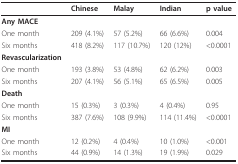
<table><thead><tr><td></td><td><b>Chinese</b></td><td><b>Malay</b></td><td><b>Indian</b></td><td><b>p value</b></td></tr></thead><tbody><tr><td><b>Any MACE</b></td><td></td><td></td><td></td><td></td></tr><tr><td>One month</td><td>209 (4.1%)</td><td>57 (5.2%)</td><td>66 (6.6%)</td><td>0.004</td></tr><tr><td>Six months</td><td>418 (8.2%)</td><td>117 (10.7%)</td><td>120 (12%)</td><td>&lt;0.0001</td></tr><tr><td><b>Revascularization</b></td><td></td><td></td><td></td><td></td></tr><tr><td>One month</td><td>193 (3.8%)</td><td>53 (4.8%)</td><td>62 (6.2%)</td><td>0.003</td></tr><tr><td>Six months</td><td>207 (4.1%)</td><td>56 (5.1%)</td><td>65 (6.5%)</td><td>0.005</td></tr><tr><td><b>Death</b></td><td></td><td></td><td></td><td></td></tr><tr><td>One month</td><td>15 (0.3%)</td><td>3 (0.3%)</td><td>4 (0.4%)</td><td>0.95</td></tr><tr><td>Six months</td><td>387 (7.6%)</td><td>108 (9.9%)</td><td>114 (11.4%)</td><td>&lt;0.0001</td></tr><tr><td><b>MI</b></td><td></td><td></td><td></td><td></td></tr><tr><td>One month</td><td>12 (0.2%)</td><td>4 (0.4%)</td><td>10 (1.0%)</td><td>&lt;0.001</td></tr><tr><td>Six months</td><td>44 (0.9%)</td><td>14 (1.3%)</td><td>19 (1.9%)</td><td>0.029</td></tr></tbody></table>